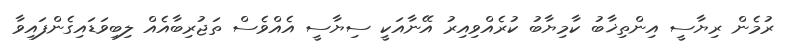
ރުމެން ރިޔާސީ އިންތިޚާބު ކާމިޔާބު ކުރެއްވިއިރު އޭނާއަކީ ސިޔާސީ އެއްވެސް ތަޖުރިބާއެއް ލިބިވަޑައިގެންފައިވާ